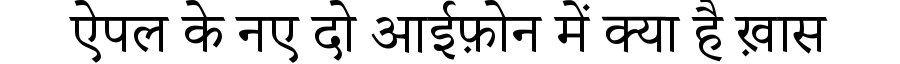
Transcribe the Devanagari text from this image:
ऐपल के नए दो आईफ़ोन में क्या है ख़ास